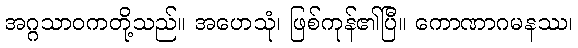
အဂ္ဂသာဝကတို့သည်။ အဟေသုံ၊ ဖြစ်ကုန်၏ပြီ။ ကောဏာဂမနဿ၊